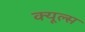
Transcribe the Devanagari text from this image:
क्‍यूल्‍स